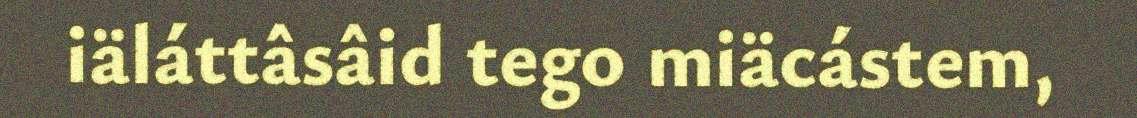
iäláttâsâid tego miäcástem,